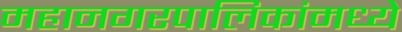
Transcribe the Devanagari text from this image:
महानगरपालिकांमध्ये